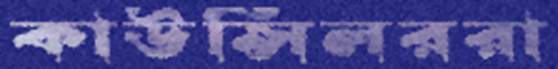
কাউন্সিলররা